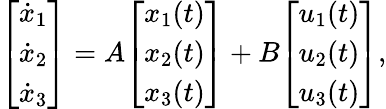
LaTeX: {\left[\begin{array}{l}{{\dot{x}}_{1}}\\ {{\dot{x}}_{2}}\\ {{\dot{x}}_{3}}\end{array}\right]}=A{\left[\begin{array}{l}{x_{1}(t)}\\ {x_{2}(t)}\\ {x_{3}(t)}\end{array}\right]}+B{\left[\begin{array}{l}{u_{1}(t)}\\ {u_{2}(t)}\\ {u_{3}(t)}\end{array}\right]},